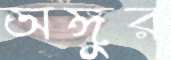
অঙ্গুর